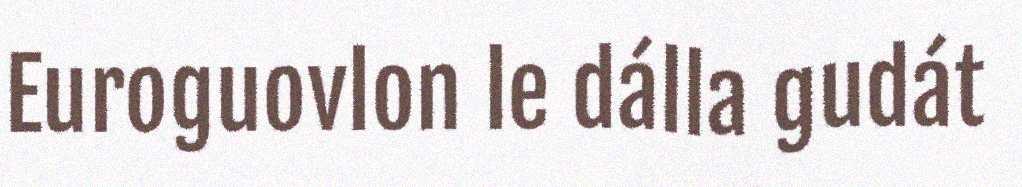
Euroguovlon le dálla gudát